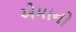
એમાનો